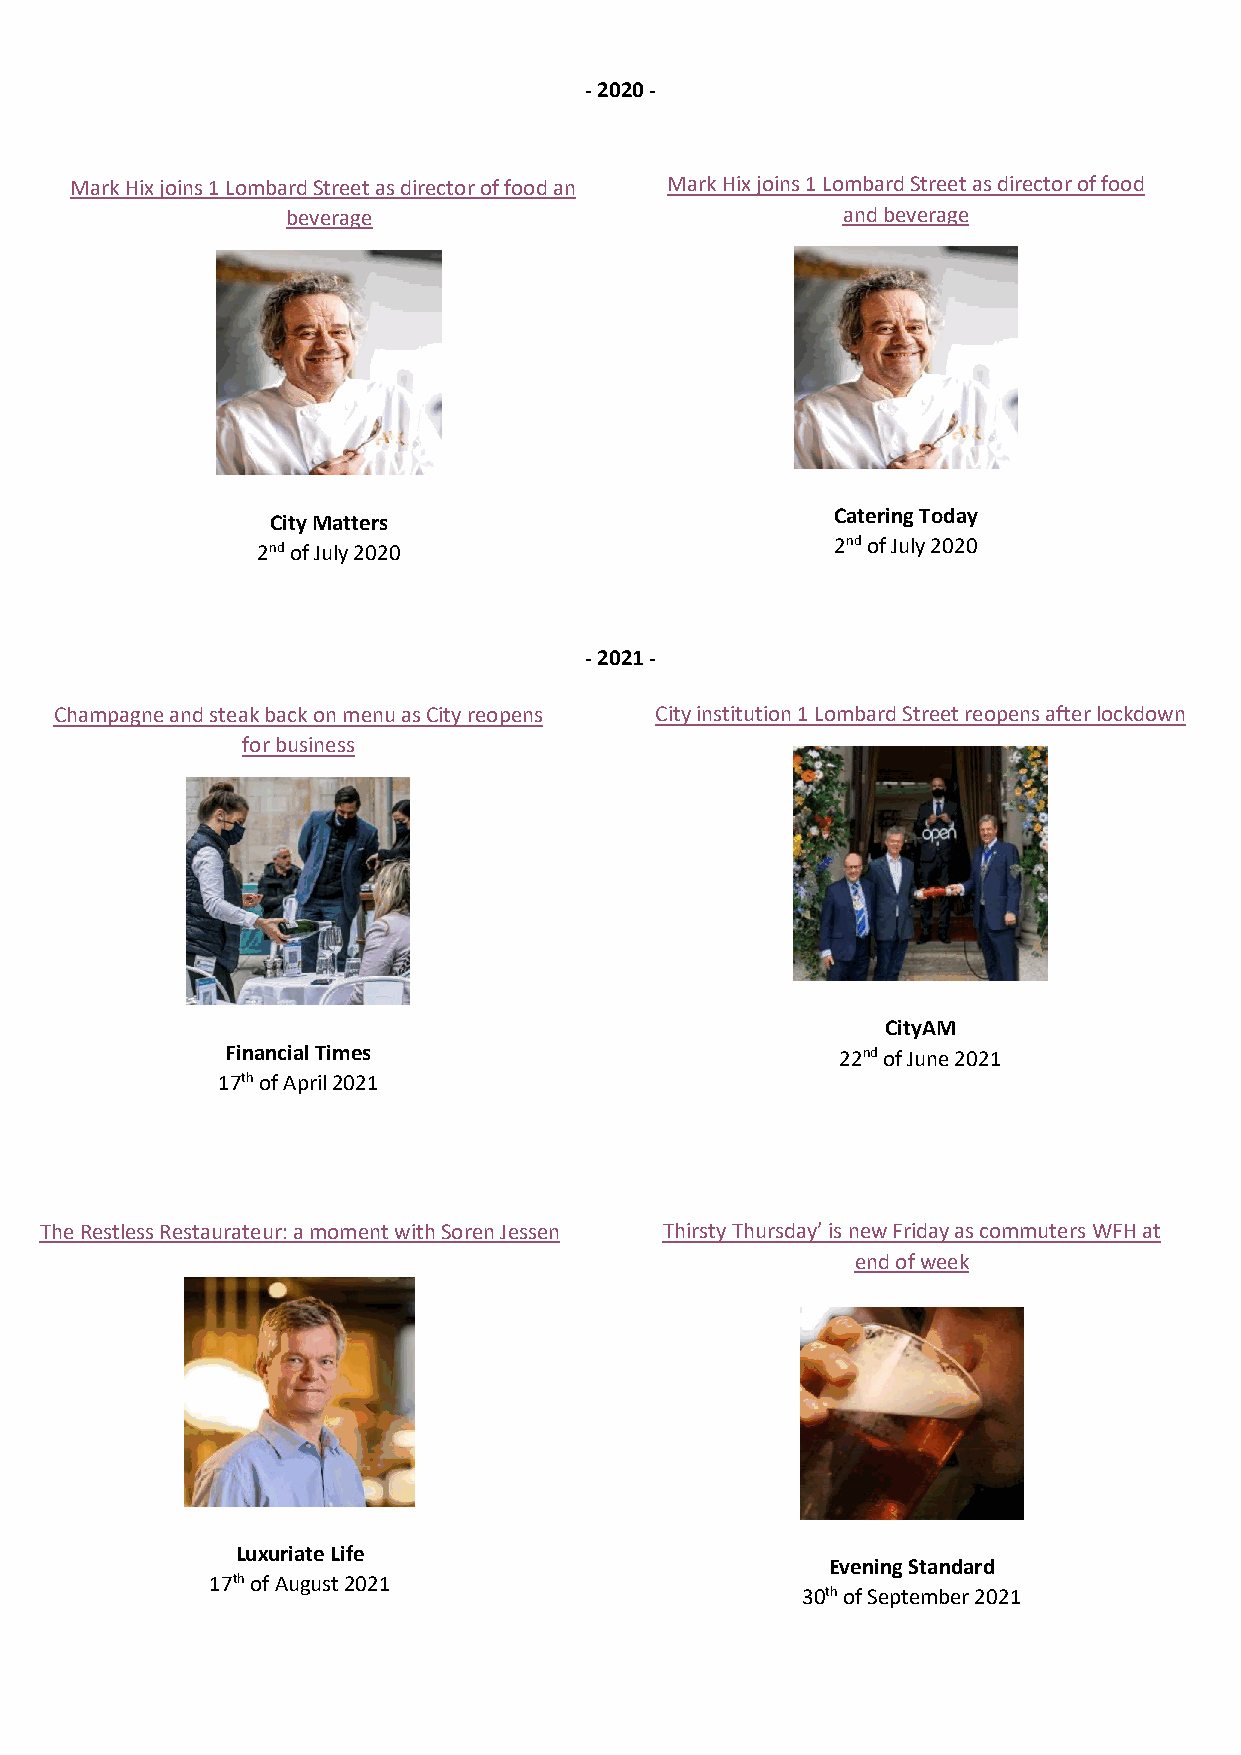
- 2020 -
 Mark Hix joins 1 Lombard Street as director of food and Mark Hix joins 1 Lombard Street as director of food
 beverage                             and beverage
 Catering Today
 City Matters
 2nd of July 2020                      2nd of July 2020
 - 2021 -
 Champagne and steak back on menu as City reopens City institution 1 Lombard Street reopens after lockdown
 for business
 CityAM
 Financial Times                          22nd of June 2021
 17th of April 2021
 The Restless Restaurateur: a moment with Soren Jessen Thirsty Thursday’ is new Friday as commuters WFH at
 end of week
 Luxuriate Life
 Evening Standard
 17th of August 2021
 30th of September 2021